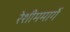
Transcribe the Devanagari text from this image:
रेशीममार्गे